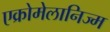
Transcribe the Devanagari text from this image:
एक्रोमेलानिज्म